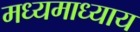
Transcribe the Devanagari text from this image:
मध्यमाध्याय